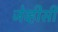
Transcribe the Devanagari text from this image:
जेव्हीसी